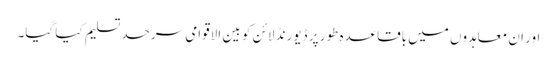
اور ان معاہدوں میں باقاعدہ طور پر ڈیورنڈ لائن کو بین الاقوامی سرحد تسلیم کیا گیا۔